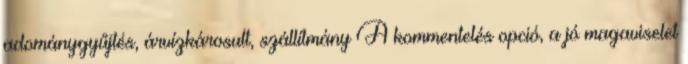
adománygyűjtés, árvízkárosult, szállítmány A kommentelés opció, a jó magaviselet